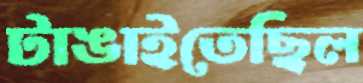
টাঙাইতেছিল